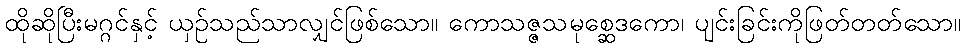
ထိုဆိုပြီးမဂ္ဂင်နှင့် ယှဉ်သည်သာလျှင်ဖြစ်သော။ ကောသဇ္ဇသမုစ္ဆေဒကော၊ ပျင်းခြင်းကိုဖြတ်တတ်သော။